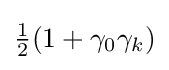
{\tfrac {1}{2}}(1+\gamma _{0}\gamma _{k})